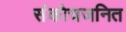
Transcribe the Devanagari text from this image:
संकोचजनित